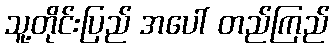
သူ့တိုင်းပြည် အပေါ် တည်ကြည်